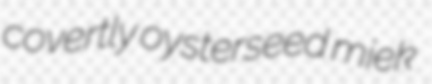
covertly oysterseed miek